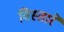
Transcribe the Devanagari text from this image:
विस्तारे